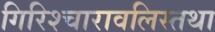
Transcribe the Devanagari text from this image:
गिरिश्चारावलिस्तथा